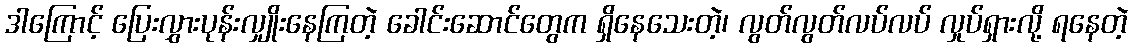
ဒါကြောင့် ပြေးလွှားပုန်းလျှိုးနေကြတဲ့ ခေါင်းဆောင်တွေက ရှိနေသေးတဲ့၊ လွတ်လွတ်လပ်လပ် လှုပ်ရှားလို့ ရနေတဲ့